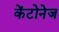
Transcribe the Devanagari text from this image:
केंटोनेज